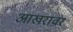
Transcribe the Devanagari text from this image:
आखरावर